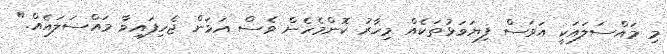
މި މައްސަލައަކީ އަވަސް ފިޔަވަޅުތަކެއް މިހާރު ކޮންމެހެން ވެސް އަޅަން ޖެހިފައިވާ މައްސަލައެއް."